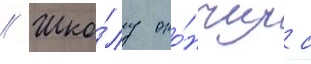
// Шко́лу око́нчил с